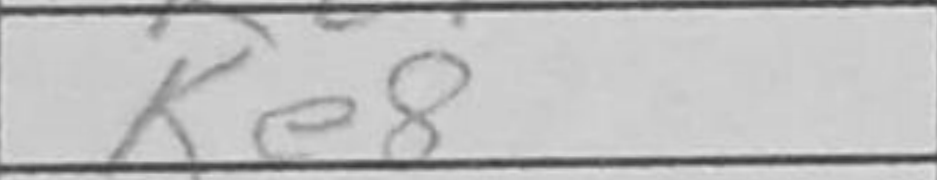
Transcription: Ke8